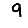
Digit: 9